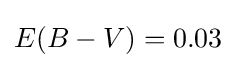
E(B-V)=0.03